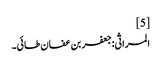
[5]
المراثی:جعفر بن عفان طائی۔